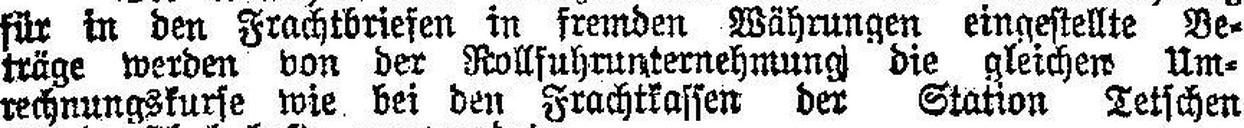
für in den Frachtbriefen in fremden Währungen eingestellte Be¬